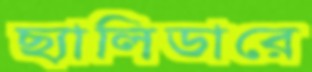
ছ্যালিডারে